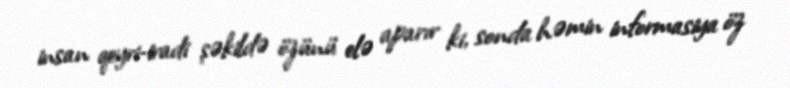
insan qeyri-iradi şəkildə özünü elə aparır ki, sonda həmin informasiya öz